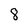
Character: 8